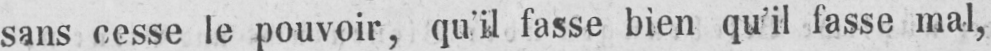
sans cesse le pouvoir, qu’il fasse bien qu’il fasse mal,